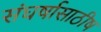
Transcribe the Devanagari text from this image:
संघर्षासाठीष